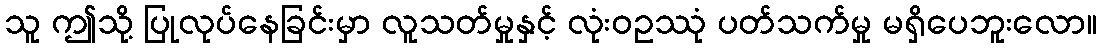
သူ ဤသို့ ပြုလုပ်နေခြင်းမှာ လူသတ်မှုနှင့် လုံးဝဥဿုံ ပတ်သက်မှု မရှိပေဘူးလော။